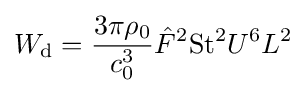
W_{\text{d}}={\frac {3\pi \rho _{0}}{c_{0}^{3}}}{\hat {F}}^{2}{\text{St}}^{2}U^{6}L^{2}